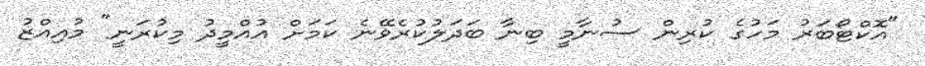
"އޮކްޓޯބަރު މަހުގެ ކުރިން ސުނާމީ ބިނާ ބަދަލުކުރެވޭނެ ކަމަށް އުއްމީދު މިކުރަނީ" މުއިއްޒު